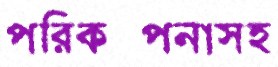
পরিকল্পনাসহ